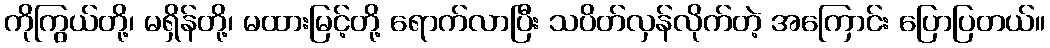
ကိုကြွယ်တို့၊ မရှိန်တို့၊ မထားမြင့်တို့ ရောက်လာပြီး သပိတ်လှန်လိုက်တဲ့ အကြောင်း ပြောပြတယ်။